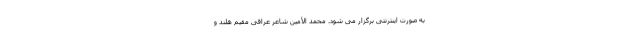
به صورت اینترنتى برگزار مى شود. محمد الأمين شاعر عراقى مقيم هلند و